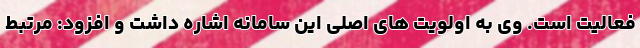
فعالیت است. وی به اولویت های اصلی این سامانه اشاره داشت و افزود: مرتبط